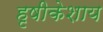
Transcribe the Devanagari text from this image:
हृषीकेशाय